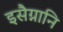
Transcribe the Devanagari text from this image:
इसैग्नानि